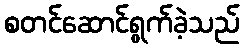
စတင်ဆောင်ရွက်ခဲ့သည်